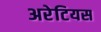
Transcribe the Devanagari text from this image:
अरेटियस